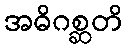
အဓိဂစ္ဆတိ